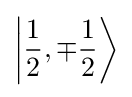
\left|{\frac {1}{2}},\mp {\frac {1}{2}}\right\rangle